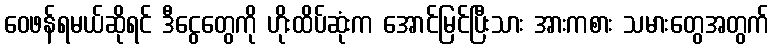
ဝေဖန်ရမယ်ဆိုရင် ဒီငွေတွေကို ဟိုးထိပ်ဆုံးက အောင်မြင်ပြီးသား အားကစား သမားတွေအတွက်